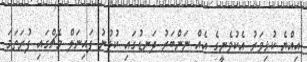
އިއްޔެ ކުޅިވަރު އެކުވެނީގެ އެއް ނަންބަރު ދަނޑުގައި ކުޅުނު ފައިނަލް މެޗްގައި ފުރަތަމަ